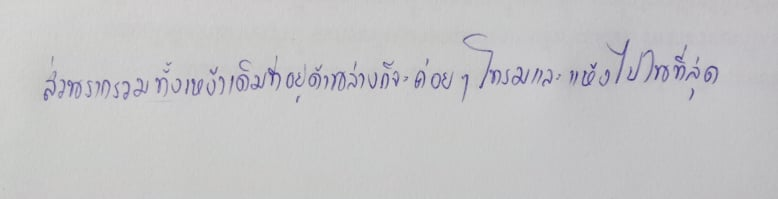
ส่วนรากรวมทั้งเหง้าเดิมที่อยู่ด้านล่างก็จะค่อยๆโทรมและแห้งไปในที่สุด